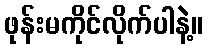
ဖုန်းမကိုင်လိုက်ပါနဲ့။